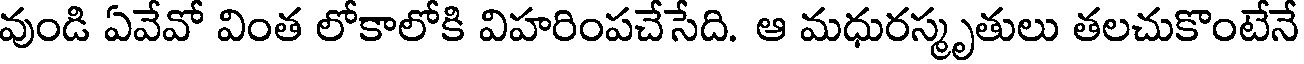
వుండి ఏవేవో వింత లోకాలోకి విహరింపచేసేది. ఆ మధురస్మృతులు తలచుకొంటేనే